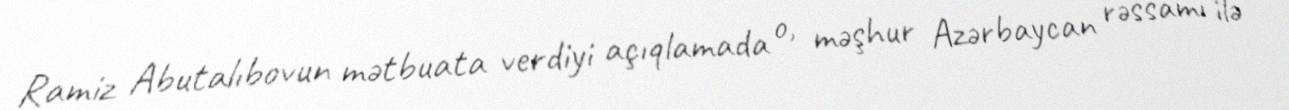
Ramiz Abutalıbovun mətbuata verdiyi açıqlamada o, məşhur Azərbaycan rəssamı ilə